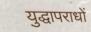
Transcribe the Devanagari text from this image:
युद्धापराधों